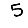
Digit: 5